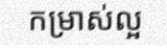
កម្រាស់ល្អ